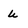
Character: U